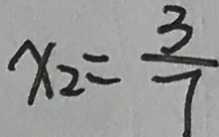
x _ { 2 } = \frac { 3 } { 7 }